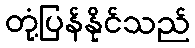
တုံ့ပြန်နိုင်သည်